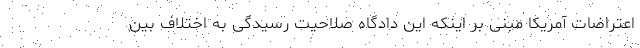
اعتراضات آمریکا مبنی بر اینکه این دادگاه صلاحیت رسیدگی به اختلاف بین